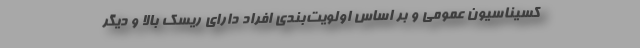
کسیناسیون عمومی و بر اساس اولویت‌بندی افراد دارای ریسک بالا و دیگر